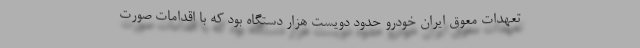
تعهدات معوق ایران خودرو حدود دویست هزار دستگاه بود که با اقدامات صورت